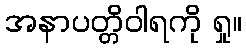
အနာပတ္တိဝါရကို ရှု။